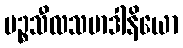
ပဉ္စသီလသမာဒါနိယော